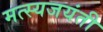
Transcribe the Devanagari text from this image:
मत्स्यजयंती